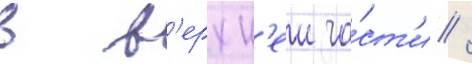
в в'ерхн'еи ча́ст'и /